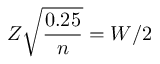
Z { \sqrt { \frac { 0 . 2 5 } { n } } } = W / 2